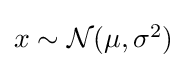
{\textstyle x\sim {\mathcal {N}}(\mu ,\sigma ^{2})}